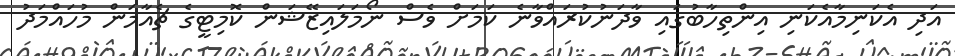
އަދި އެކަނިމާއެކަނި އިންތިހާބުގައި ވާދަނުކުރައްވާނެ ކަމަށް ވެސް ނޯމަލައިޒޭޝަން ކޮމިޓީގެ ޗެއާމަން މުހައްމަދު